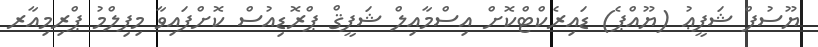
ޔޫސުފް ޝަފީޢު (ޔޫއްޕެ) ޑައިރެކްޓްކޮށް އިސްމާއިލް ޝަފީޤް ޕްރޮޑިއުސް ކޮށްފައިވާ މިފިލްމު ޕްރިމިއާރ